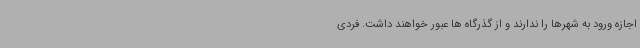
اجازه ورود به شهرها را ندارند و از گذرگاه ها عبور خواهند داشت. فردی